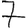
Digit: 7